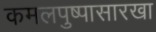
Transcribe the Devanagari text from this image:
कमलपुष्पासारखा